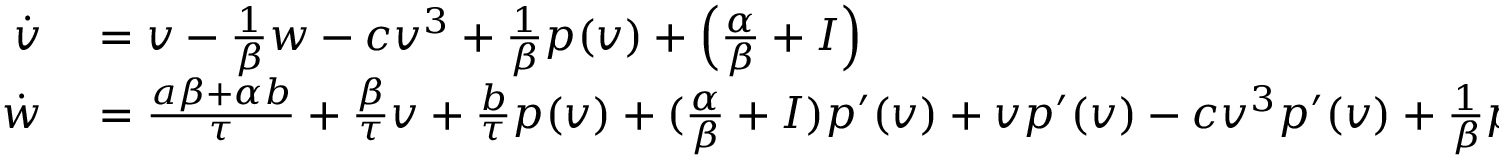
\begin{array} { r l } { \dot { v } } & { { } = v - \frac { 1 } { \beta } w - c v ^ { 3 } + \frac { 1 } { \beta } p ( v ) + \Big ( \frac { \alpha } { \beta } + I \Big ) } \\ { \dot { w } } & { { } = \frac { a \beta + \alpha b } { \tau } + \frac { \beta } { \tau } v + \frac { b } { \tau } p ( v ) + ( \frac { \alpha } { \beta } + I ) p ^ { \prime } ( v ) + v p ^ { \prime } ( v ) - c v ^ { 3 } p ^ { \prime } ( v ) + \frac { 1 } { \beta } p ( v ) p ^ { \prime } ( v ) - \Big ( \frac { b } { \tau } + \frac { 1 } { \beta } p ^ { \prime } ( v ) \Big ) w . } \end{array}